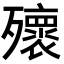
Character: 𣩹